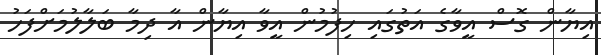
އިޔާން ގޮސް އީވާގެ އަތުގައި ހިފުމުން އީވާ އިޔާން އާ ދިމާ ބަލާލުމަށްފަހު